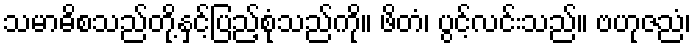
သမာဓိစသည်တို့နှင့်ပြည့်စုံသည်ကို။ ဖိတံ၊ ပွင့်လင်းသည်။ ဗဟုဇညံ၊